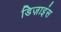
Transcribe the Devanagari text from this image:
डिज़ाइंस